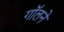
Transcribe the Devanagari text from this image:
गॉलने